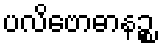
ပလိဗောဓာနဉ္စ